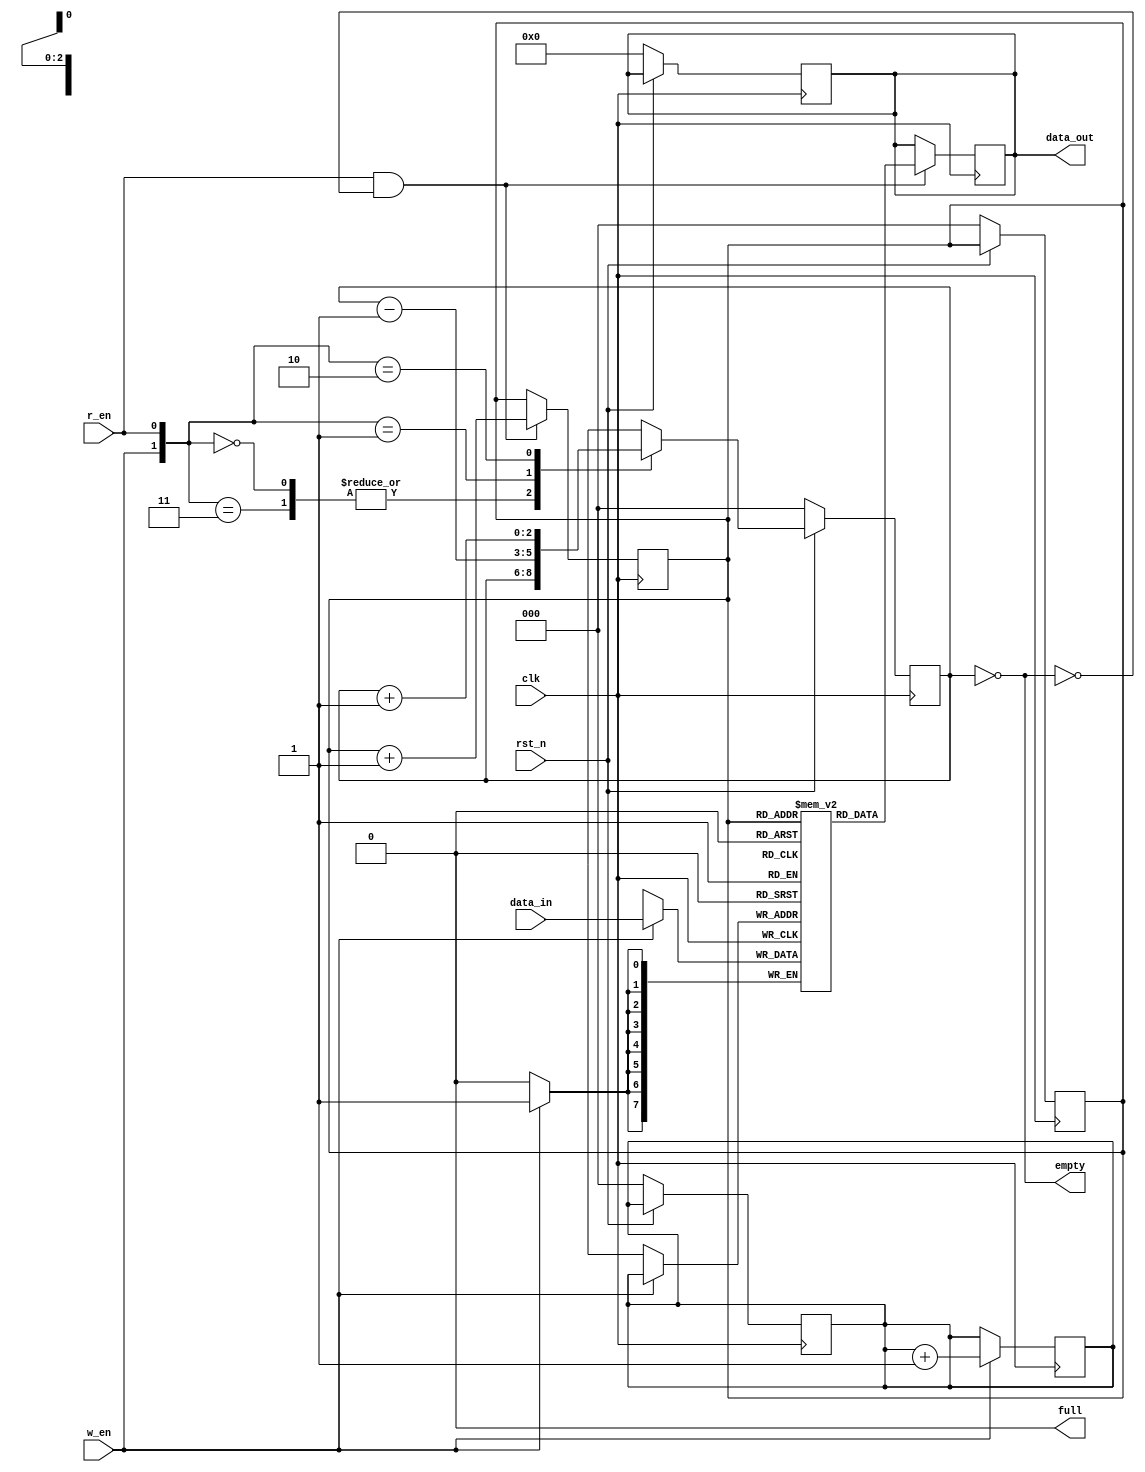
module synchronous_fifo #(parameter DEPTH=8, DATA_WIDTH=8) (
  input clk, rst_n,
  input w_en, r_en,
  input [DATA_WIDTH-1:0] data_in,
  output reg [DATA_WIDTH-1:0] data_out,
  output full, empty
);
  
  reg [$clog2(DEPTH)-1:0] w_ptr, r_ptr;
  reg [DATA_WIDTH-1:0] fifo [DEPTH-1:0];
  reg [$clog2(DEPTH)-1:0] count;
  
  // Set Default values on reset.
  always@(posedge clk) begin
    if(!rst_n) begin
      w_ptr <= 0; r_ptr <= 0;
      data_out = 0;
      count <= 0;
    end
    else begin
      case({w_en,r_en})
        2'b00, 2'b11: count <= count;
        2'b01: count <= count - 1'b1;
        2'b10: count <= count + 1'b1;
      endcase
    end
  end
  
  // To write data to FIFO
  always@(posedge clk) begin
    if(w_en & !full)begin
      fifo[w_ptr] <= data_in;
      w_ptr <= w_ptr + 1;
    end
  end
  
  // To read data from FIFO
  always@(posedge clk) begin
    if(r_en & !empty) begin
      data_out <= fifo[r_ptr];
      r_ptr <= r_ptr + 1;
    end
  end
  
  assign full = (count == DEPTH);
  assign empty = (count == 0);
endmodule